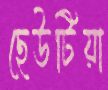
ছেউটিয়া